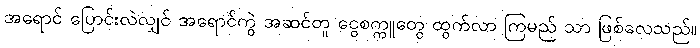
အရောင် ပြောင်းလဲလျှင် အရောင်ကွဲ အဆင်တူ ငွေစက္ကူတွေ ထွက်လာ ကြမည် သာ ဖြစ်လေသည်။